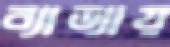
ব্যাড্যায়